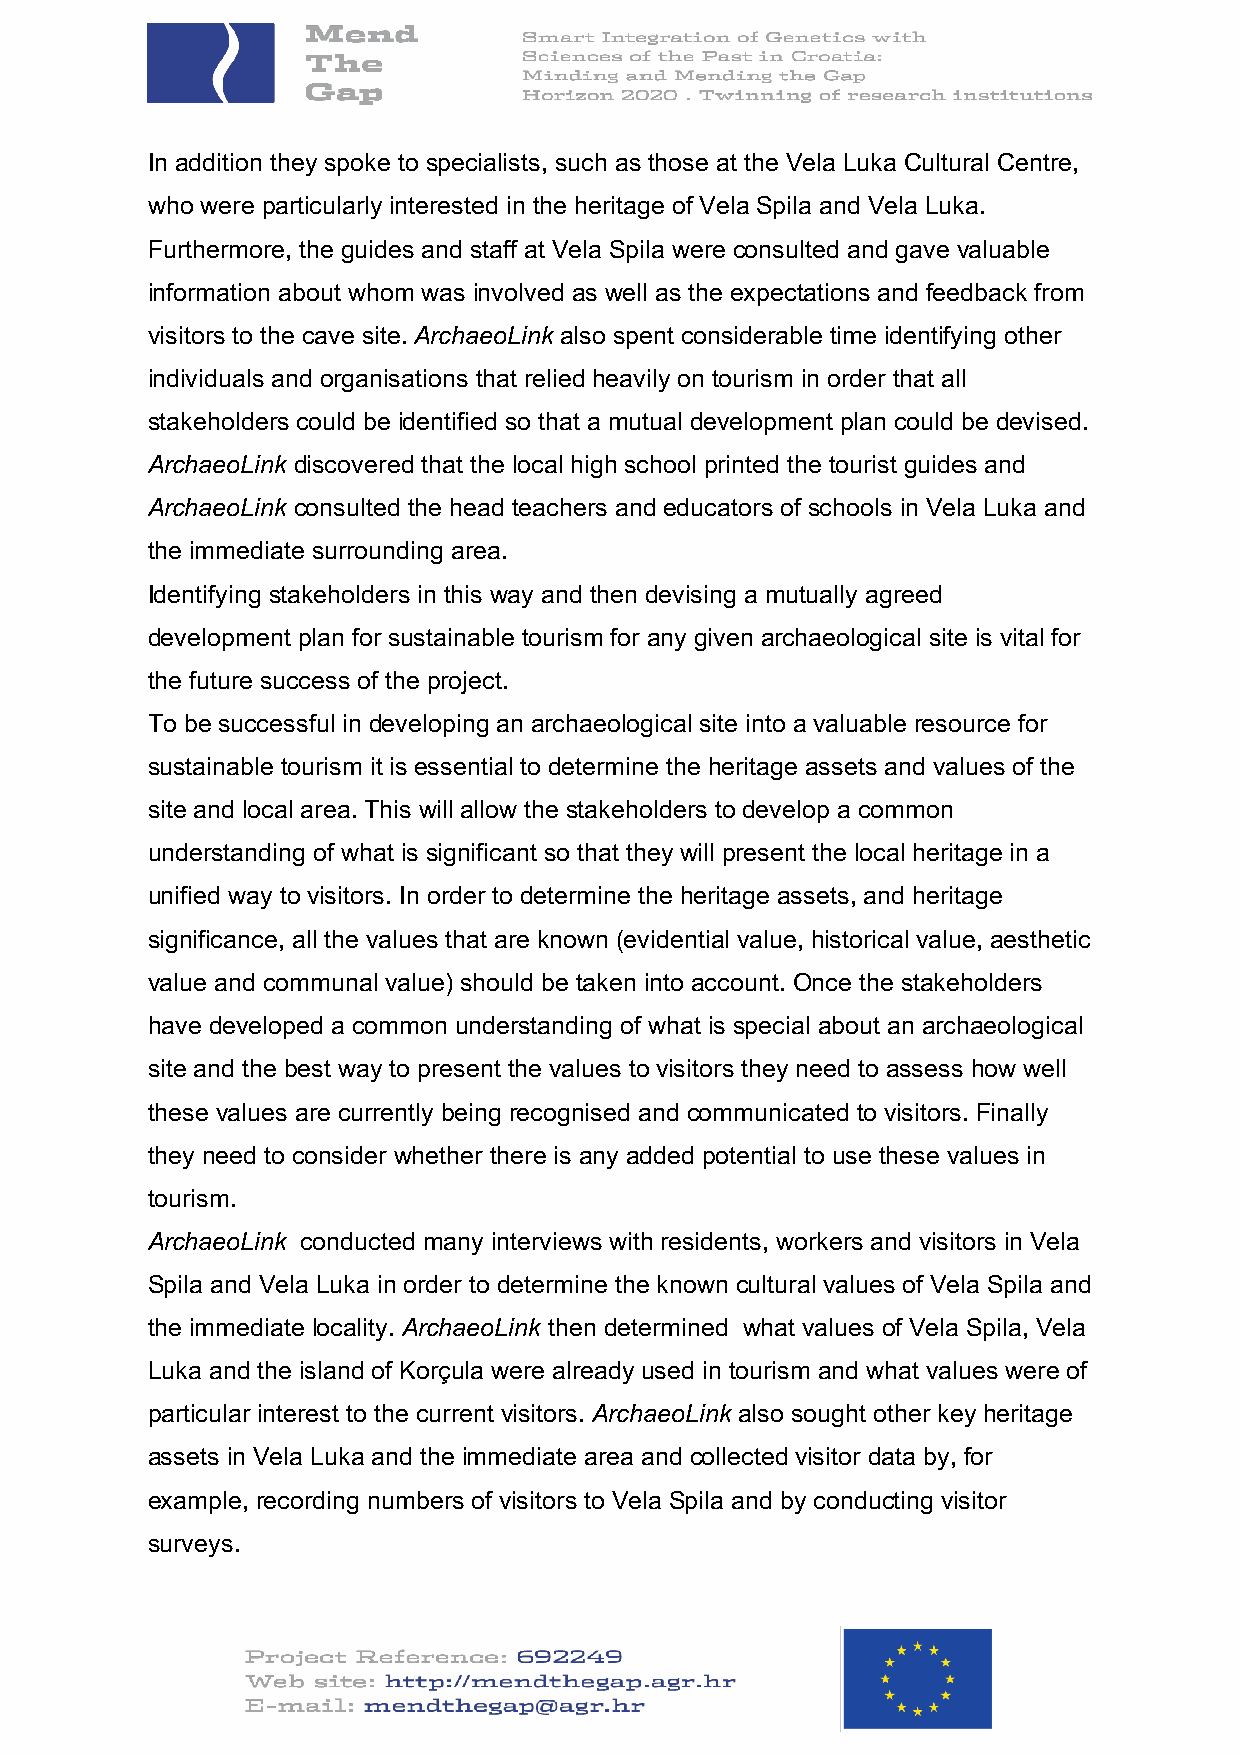
In addition they spoke to specialists, such as those at the Vela Luka Cultural Centre,
 who were particularly interested in the heritage of Vela Spila and Vela Luka.
 Furthermore, the guides and staff at Vela Spila were consulted and gave valuable
 information about whom was involved as well as the expectations and feedback from
 visitors to the cave site. ArchaeoLink also spent considerable time identifying other
 individuals and organisations that relied heavily on tourism in order that all
 stakeholders could be identified so that a mutual development plan could be devised.
 ArchaeoLink discovered that the local high school printed the tourist guides and
 ArchaeoLink consulted the head teachers and educators of schools in Vela Luka and
 the immediate surrounding area.
 Identifying stakeholders in this way and then devising a mutually agreed
 development plan for sustainable tourism for any given archaeological site is vital for
 the future success of the project.
 To be successful in developing an archaeological site into a valuable resource for
 sustainable tourism it is essential to determine the heritage assets and values of the
 site and local area. This will allow the stakeholders to develop a common
 understanding of what is significant so that they will present the local heritage in a
 unified way to visitors. In order to determine the heritage assets, and heritage
 significance, all the values that are known (evidential value, historical value, aesthetic
 value and communal value) should be taken into account. Once the stakeholders
 have developed a common understanding of what is special about an archaeological
 site and the best way to present the values to visitors they need to assess how well
 these values are currently being recognised and communicated to visitors. Finally
 they need to consider whether there is any added potential to use these values in
 tourism.
 ArchaeoLink conducted many interviews with residents, workers and visitors in Vela
 Spila and Vela Luka in order to determine the known cultural values of Vela Spila and
 the immediate locality. ArchaeoLink then determined what values of Vela Spila, Vela
 Luka and the island of Korçula were already used in tourism and what values were of
 particular interest to the current visitors. ArchaeoLink also sought other key heritage
 assets in Vela Luka and the immediate area and collected visitor data by, for
 example, recording numbers of visitors to Vela Spila and by conducting visitor
 surveys.